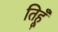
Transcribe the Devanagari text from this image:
तिहूँ